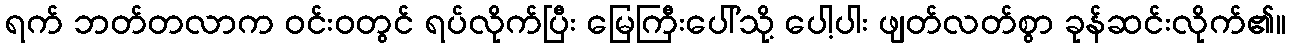
ရက် ဘတ်တလာက ဝင်းဝတွင် ရပ်လိုက်ပြီး မြေကြီးပေါ်သို့ ပေါ့ပါး ဖျတ်လတ်စွာ ခုန်ဆင်းလိုက်၏။